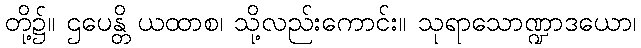
တို့၌။ ဌပေန္တိ ယထာစ၊ သို့လည်းကောင်း။ သုရာသောဏ္ဍာဒယော၊